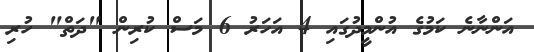
އަންނާނެ ކަމުގެ އުންމީދުގައި 4 އަހަރު 6 މަސް ކުރިން "ދަތް" ހުރި